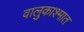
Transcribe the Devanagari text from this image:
वालुकाश्मात